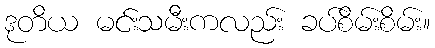
ဒုတိယ မင်းသမီးကလည်း ခပ်စိမ်းစိမ်း။